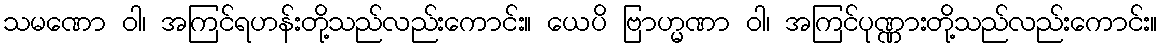
သမဏော ဝါ၊ အကြင်ရဟန်းတို့သည်လည်းကောင်း။ ယေပိ ဗြာဟ္မဏာ ဝါ၊ အကြင်ပုဏ္ဏားတို့သည်လည်းကောင်း။